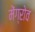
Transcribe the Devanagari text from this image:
मेंग्रोव